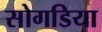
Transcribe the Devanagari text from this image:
सोगडिया